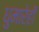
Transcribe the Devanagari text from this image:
धुमारेही